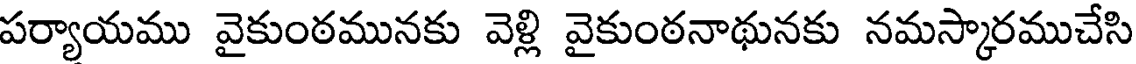
పర్యాయము వైకుంఠమునకు వెళ్లి వైకుంఠనాథునకు నమస్కారముచేసి